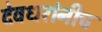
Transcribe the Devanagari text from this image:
देवधरांनीच